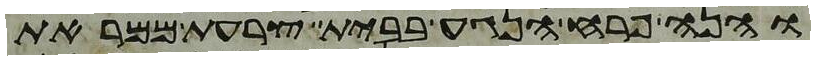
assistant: והנה פרח הנגע בבית צרעת ממראת